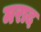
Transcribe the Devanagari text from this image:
मराद